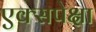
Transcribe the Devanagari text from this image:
एक्सपेक्षा